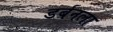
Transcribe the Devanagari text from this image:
डर्बनला